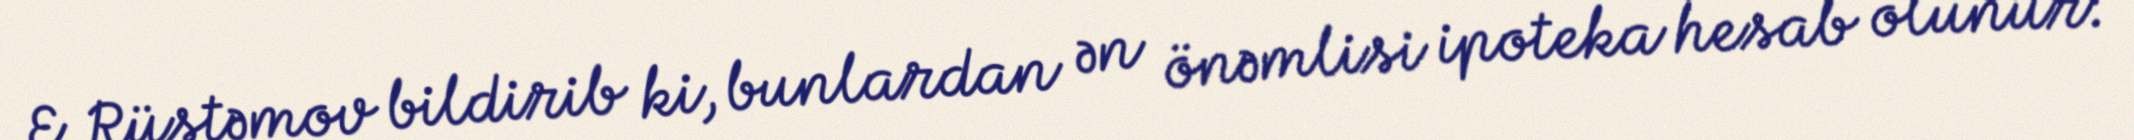
E.Rüstəmov bildirib ki, bunlardan ən önəmlisi ipoteka hesab olunur: